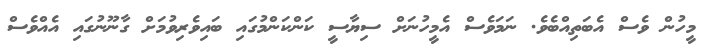
މީހުން ވެސް އެބަތިއްބެވެ. ނަމަވެސް އެމީހުނަށް ސިޔާސީ ކަންކަންމުގައި ބައިވެރިވުމަށް ގާނޫނުގައި އެއްވެސް